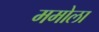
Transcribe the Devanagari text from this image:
ममोला